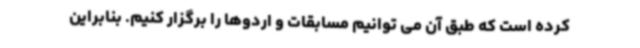
کرده است که طبق آن می توانیم مسابقات و اردوها را برگزار کنیم. بنابراین